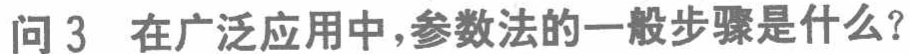
问 3 在广泛应用中,参数法的一般步骤是什么？